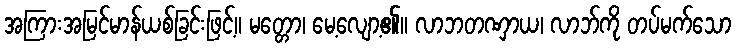
အကြားအမြင်မာန်ယစ်ခြင်းဖြင့်။ မတ္တော၊ မေ့လျော့၏။ လာဘတဏှာယ၊ လာဘ်ကို တပ်မက်သော